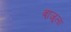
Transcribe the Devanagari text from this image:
बा्जूला